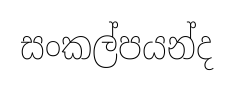
සංකල්පයන්ද